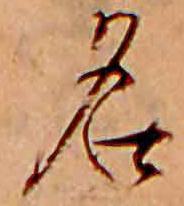
名